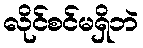
လိုင်စင်မရှိဘဲ